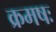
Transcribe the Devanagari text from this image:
क्रमषः